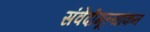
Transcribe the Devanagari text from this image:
संवेदीमूल्यांकन